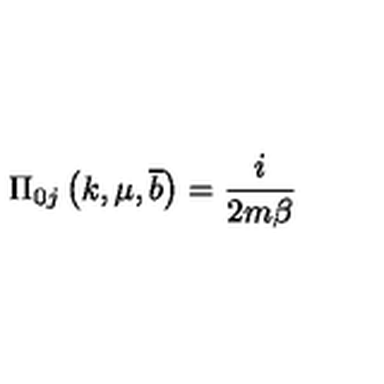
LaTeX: \Pi _ { 0 j } \left( k , \mu , \overline { { b } } \right) = \frac { i } { 2 m \beta }